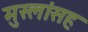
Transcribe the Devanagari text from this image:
मुस्लांसह